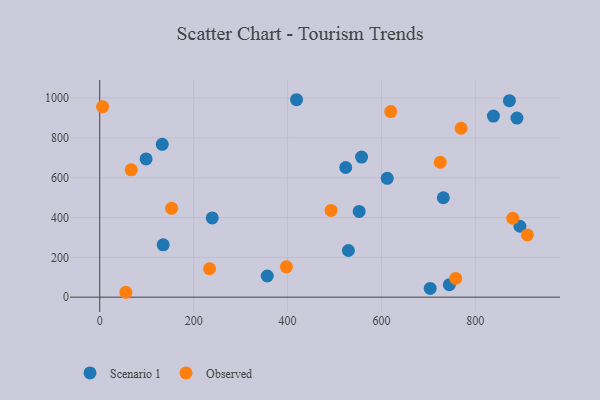
{"axis": {"x": "Experience", "y": "Rating"}, "legend": ["Observed", "Scenario 1"], "data": [{"x": "524.0", "y": 651.2, "type": "Scenario 1"}, {"x": "529.6", "y": 234.4, "type": "Scenario 1"}, {"x": "888.7", "y": 899.4, "type": "Scenario 1"}, {"x": "552.6", "y": 430.8, "type": "Scenario 1"}, {"x": "135.1", "y": 262.9, "type": "Scenario 1"}, {"x": "838.6", "y": 909.6, "type": "Scenario 1"}, {"x": "356.8", "y": 106.4, "type": "Scenario 1"}, {"x": "612.4", "y": 596.9, "type": "Scenario 1"}, {"x": "557.7", "y": 703.5, "type": "Scenario 1"}, {"x": "872.6", "y": 986.8, "type": "Scenario 1"}, {"x": "731.9", "y": 499.4, "type": "Scenario 1"}, {"x": "419.2", "y": 991.7, "type": "Scenario 1"}, {"x": "703.9", "y": 44.0, "type": "Scenario 1"}, {"x": "895.0", "y": 356.3, "type": "Scenario 1"}, {"x": "239.6", "y": 398.2, "type": "Scenario 1"}, {"x": "744.7", "y": 62.9, "type": "Scenario 1"}, {"x": "133.1", "y": 767.8, "type": "Scenario 1"}, {"x": "98.7", "y": 694.4, "type": "Scenario 1"}, {"x": "153.0", "y": 446.2, "type": "Observed"}, {"x": "619.8", "y": 932.0, "type": "Observed"}, {"x": "725.3", "y": 677.6, "type": "Observed"}, {"x": "769.8", "y": 848.5, "type": "Observed"}, {"x": "67.0", "y": 639.7, "type": "Observed"}, {"x": "55.6", "y": 24.6, "type": "Observed"}, {"x": "233.9", "y": 142.8, "type": "Observed"}, {"x": "6.1", "y": 957.0, "type": "Observed"}, {"x": "758.2", "y": 94.4, "type": "Observed"}, {"x": "397.6", "y": 152.3, "type": "Observed"}, {"x": "910.9", "y": 312.6, "type": "Observed"}, {"x": "879.8", "y": 396.4, "type": "Observed"}, {"x": "492.8", "y": 435.5, "type": "Observed"}]}